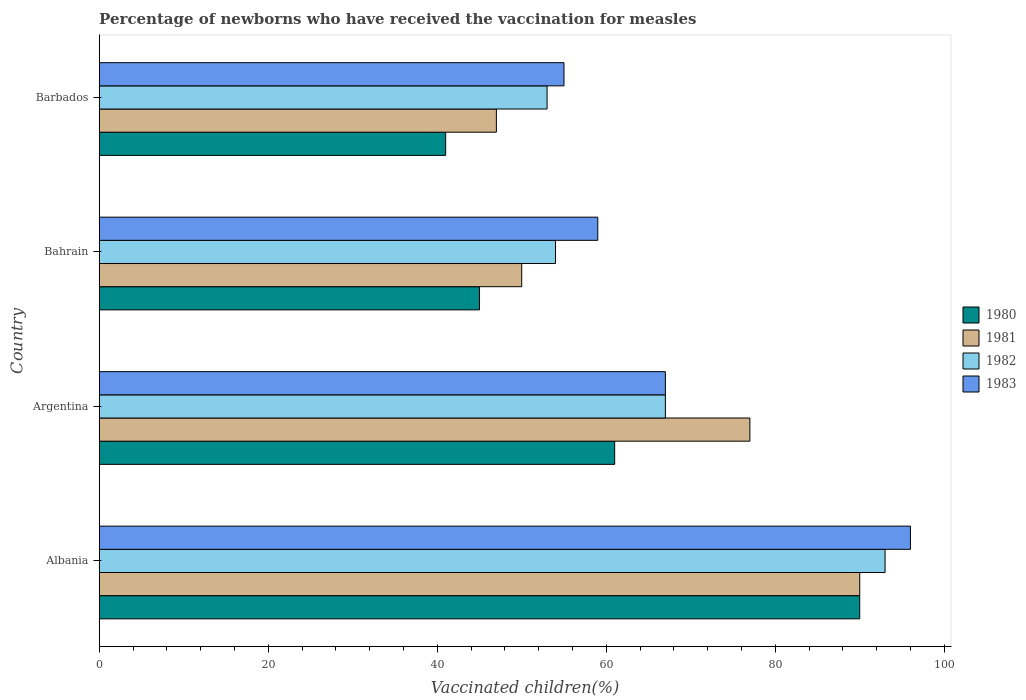
| Country | 1980 | 1981 | 1982 | 1983 |
 | --- | --- | --- | --- | --- |
 | Albania | 90 | 90 | 93 | 96 |
 | Argentina | 61 | 77 | 67 | 67 |
 | Bahrain | 45 | 50 | 54 | 59 |
 | Barbados | 41 | 47 | 53 | 55 |